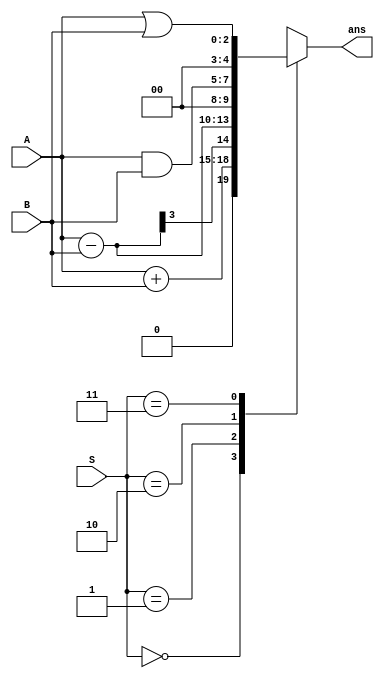
`timescale 1ns / 1ps
//////////////////////////////////////////////////////////////////////////////////
// Company: 
// Engineer: 
// 
// Design Name: 
// Module Name:    ALU 
// Project Name: 
// Target Devices: 
// Tool versions: 
// Description: 
//
// Dependencies: 
//
// Revision: 
// Revision 0.01 - File Created
// Additional Comments: 
//
//////////////////////////////////////////////////////////////////////////////////
module ALU(
input [1:0]S, //function select
input [2:0]A,
input [2:0]B,
output reg [4:0]ans
    );
always@(S or A or B)begin
	case(S)
	0: ans = A+B;
	1: ans = A-B;
	2: ans = A & B;
	3: ans = A | B;
	default : ans=5'd0;
	endcase
end
endmodule